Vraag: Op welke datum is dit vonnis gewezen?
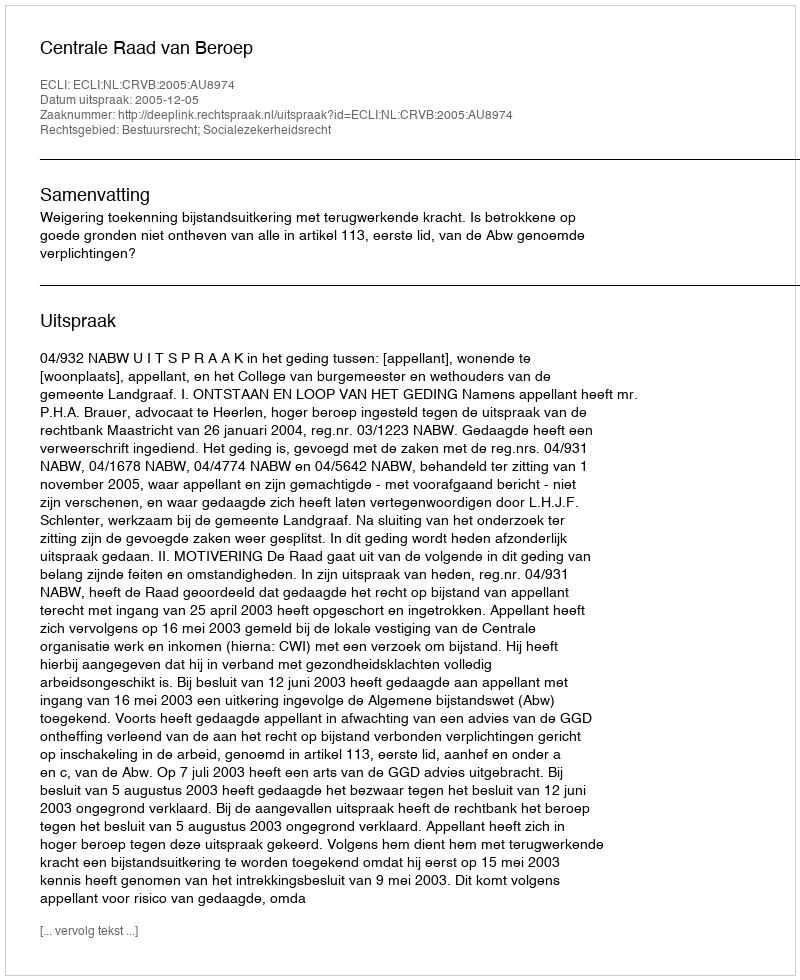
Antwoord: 2005-12-05